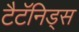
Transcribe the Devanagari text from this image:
टैटॅनिड्स